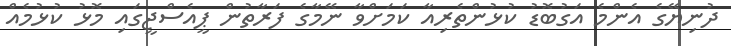
ދުނިޔޭގެ އެންމެ އަގުބޮޑު ކުޅުންތެރިއާ ކަމަށްވާ ނޭމާގެ ފަރާތުން ޕީއެސްޖީގައި މޮޅު ކުޅުމެއް